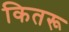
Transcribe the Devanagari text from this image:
कितरू